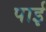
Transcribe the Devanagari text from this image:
पार्इ